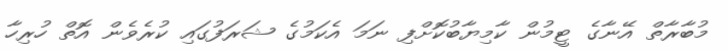
މުބާރާތް އޭނާގެ ޓީމުން ކާމިޔާބުކޮށްފި ނަމަ އެކަމުގެ ޝަރަފުގައި ކުރެވެން އޮތް ހުރިހާ